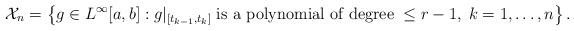
LaTeX: \begin{align*} \mathcal{X}_n = \left \{ g \in L^\infty [a, b]: g |_{[t_{k-1}, t_k]} \; \mbox{is a polynomial of degree} \; \leq r - 1, \; k = 1, \ldots, n \right \}. \end{align*}